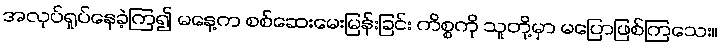
အလုပ်ရှုပ်နေခဲ့ကြ၍ မနေ့က စစ်ဆေးမေးမြန်းခြင်း ကိစ္စကို သူတို့မှာ မပြောဖြစ်ကြသေး။